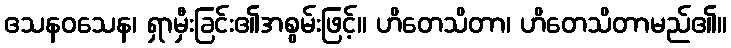
ဧသနဝသေန၊ ရှာမှီးခြင်း၏အစွမ်းဖြင့်။ ဟိတေသိတာ၊ ဟိတေသိတာမည်၏။